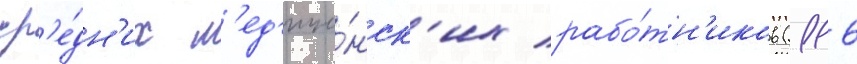
ср'е́дн'их м'ед'ици́нск'их рабо́тн'иков (116